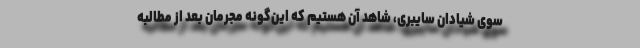
سوی شیادان سایبری، شاهد آن هستیم که این‌گونه مجرمان بعد از مطالبه